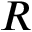
R